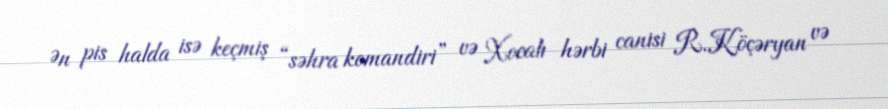
Ən pis halda isə keçmiş “səhra komandiri” və Xocalı hərbi canisi R.Köçəryan və